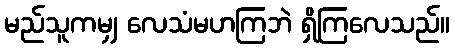
မည်သူကမျှ လေသံမဟကြဘဲ ရှိကြလေသည်။